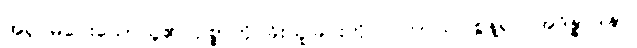
အရှင်မပေးသောသူ၏ ဥစ္စာကို ခိုးယူခြင်းကို။ ပဟာယ၊ စွန့်၍။ အဒိန္နာဒါနာ၊